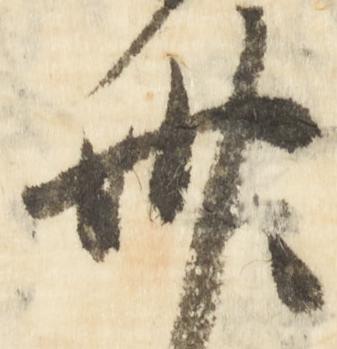
卅